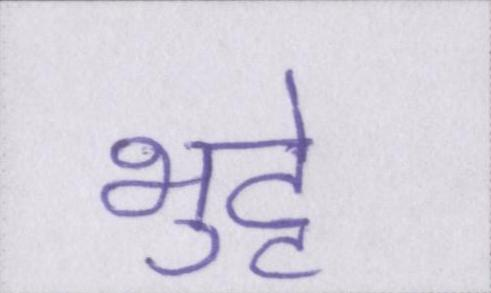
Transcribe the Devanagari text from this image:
भुट्टे